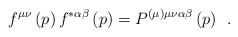
\begin{align*}f^{\mu \nu }\left( p\right) f^{*\alpha \beta }\left( p\right)=P^{(\mu )\mu \nu \alpha \beta }\left( p\right) \;\,.\end{align*}